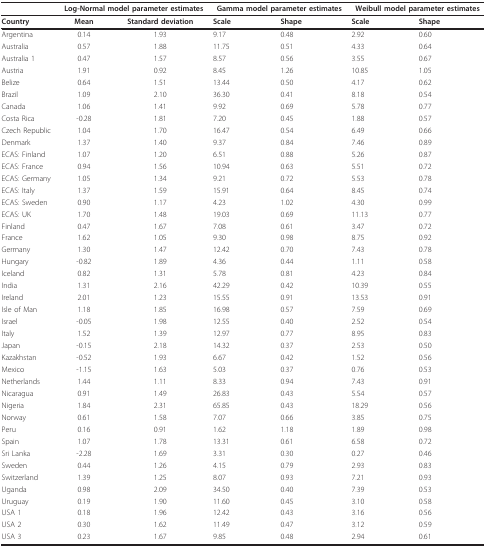
<table><thead><tr><td></td><td colspan="2"><b>Log-Normal model parameter estimates</b></td><td colspan="2"><b>Gamma model parameter estimates</b></td><td colspan="2"><b>Weibull model parameter estimates</b></td></tr></thead><tbody><tr><td><b>Country</b></td><td><b>Mean</b></td><td><b>Standard deviation</b></td><td><b>Scale</b></td><td><b>Shape</b></td><td><b>Scale</b></td><td><b>Shape</b></td></tr><tr><td>Argentina</td><td>0.14</td><td>1.93</td><td>9.17</td><td>0.48</td><td>2.92</td><td>0.60</td></tr><tr><td>Australia</td><td>0.57</td><td>1.88</td><td>11.75</td><td>0.51</td><td>4.33</td><td>0.64</td></tr><tr><td>Australia 1</td><td>0.47</td><td>1.57</td><td>8.57</td><td>0.56</td><td>3.55</td><td>0.67</td></tr><tr><td>Austria</td><td>1.91</td><td>0.92</td><td>8.45</td><td>1.26</td><td>10.85</td><td>1.05</td></tr><tr><td>Belize</td><td>0.64</td><td>1.51</td><td>13.44</td><td>0.50</td><td>4.17</td><td>0.62</td></tr><tr><td>Brazil</td><td>1.09</td><td>2.10</td><td>36.30</td><td>0.41</td><td>8.18</td><td>0.54</td></tr><tr><td>Canada</td><td>1.06</td><td>1.41</td><td>9.92</td><td>0.69</td><td>5.78</td><td>0.77</td></tr><tr><td>Costa Rica</td><td>-0.28</td><td>1.81</td><td>7.20</td><td>0.45</td><td>1.88</td><td>0.57</td></tr><tr><td>Czech Republic</td><td>1.04</td><td>1.70</td><td>16.47</td><td>0.54</td><td>6.49</td><td>0.66</td></tr><tr><td>Denmark</td><td>1.37</td><td>1.40</td><td>9.37</td><td>0.84</td><td>7.46</td><td>0.89</td></tr><tr><td>ECAS: Finland</td><td>1.07</td><td>1.20</td><td>6.51</td><td>0.88</td><td>5.26</td><td>0.87</td></tr><tr><td>ECAS: France</td><td>0.94</td><td>1.56</td><td>10.94</td><td>0.63</td><td>5.51</td><td>0.72</td></tr><tr><td>ECAS: Germany</td><td>1.05</td><td>1.34</td><td>9.21</td><td>0.72</td><td>5.53</td><td>0.78</td></tr><tr><td>ECAS: Italy</td><td>1.37</td><td>1.59</td><td>15.91</td><td>0.64</td><td>8.45</td><td>0.74</td></tr><tr><td>ECAS: Sweden</td><td>0.90</td><td>1.17</td><td>4.23</td><td>1.02</td><td>4.30</td><td>0.99</td></tr><tr><td>ECAS: UK</td><td>1.70</td><td>1.48</td><td>19.03</td><td>0.69</td><td>11.13</td><td>0.77</td></tr><tr><td>Finland</td><td>0.47</td><td>1.67</td><td>7.08</td><td>0.61</td><td>3.47</td><td>0.72</td></tr><tr><td>France</td><td>1.62</td><td>1.05</td><td>9.30</td><td>0.98</td><td>8.75</td><td>0.92</td></tr><tr><td>Germany</td><td>1.30</td><td>1.47</td><td>12.42</td><td>0.70</td><td>7.43</td><td>0.78</td></tr><tr><td>Hungary</td><td>-0.82</td><td>1.89</td><td>4.36</td><td>0.44</td><td>1.11</td><td>0.58</td></tr><tr><td>Iceland</td><td>0.82</td><td>1.31</td><td>5.78</td><td>0.81</td><td>4.23</td><td>0.84</td></tr><tr><td>India</td><td>1.31</td><td>2.16</td><td>42.29</td><td>0.42</td><td>10.39</td><td>0.55</td></tr><tr><td>Ireland</td><td>2.01</td><td>1.23</td><td>15.55</td><td>0.91</td><td>13.53</td><td>0.91</td></tr><tr><td>Isle of Man</td><td>1.18</td><td>1.85</td><td>16.98</td><td>0.57</td><td>7.59</td><td>0.69</td></tr><tr><td>Israel</td><td>-0.05</td><td>1.98</td><td>12.55</td><td>0.40</td><td>2.52</td><td>0.54</td></tr><tr><td>Italy</td><td>1.52</td><td>1.39</td><td>12.97</td><td>0.77</td><td>8.95</td><td>0.83</td></tr><tr><td>Japan</td><td>-0.15</td><td>2.18</td><td>14.32</td><td>0.37</td><td>2.53</td><td>0.50</td></tr><tr><td>Kazakhstan</td><td>-0.52</td><td>1.93</td><td>6.67</td><td>0.42</td><td>1.52</td><td>0.56</td></tr><tr><td>Mexico</td><td>-1.15</td><td>1.63</td><td>5.03</td><td>0.37</td><td>0.76</td><td>0.53</td></tr><tr><td>Netherlands</td><td>1.44</td><td>1.11</td><td>8.33</td><td>0.94</td><td>7.43</td><td>0.91</td></tr><tr><td>Nicaragua</td><td>0.91</td><td>1.49</td><td>26.83</td><td>0.43</td><td>5.54</td><td>0.57</td></tr><tr><td>Nigeria</td><td>1.84</td><td>2.31</td><td>65.85</td><td>0.43</td><td>18.29</td><td>0.56</td></tr><tr><td>Norway</td><td>0.61</td><td>1.58</td><td>7.07</td><td>0.66</td><td>3.85</td><td>0.75</td></tr><tr><td>Peru</td><td>0.16</td><td>0.91</td><td>1.62</td><td>1.18</td><td>1.89</td><td>0.98</td></tr><tr><td>Spain</td><td>1.07</td><td>1.78</td><td>13.31</td><td>0.61</td><td>6.58</td><td>0.72</td></tr><tr><td>Sri Lanka</td><td>-2.28</td><td>1.69</td><td>3.31</td><td>0.30</td><td>0.27</td><td>0.46</td></tr><tr><td>Sweden</td><td>0.44</td><td>1.26</td><td>4.15</td><td>0.79</td><td>2.93</td><td>0.83</td></tr><tr><td>Switzerland</td><td>1.39</td><td>1.25</td><td>8.07</td><td>0.93</td><td>7.21</td><td>0.93</td></tr><tr><td>Uganda</td><td>0.98</td><td>2.09</td><td>34.50</td><td>0.40</td><td>7.39</td><td>0.53</td></tr><tr><td>Uruguay</td><td>0.19</td><td>1.90</td><td>11.60</td><td>0.45</td><td>3.10</td><td>0.58</td></tr><tr><td>USA 1</td><td>0.18</td><td>1.96</td><td>12.42</td><td>0.43</td><td>3.16</td><td>0.56</td></tr><tr><td>USA 2</td><td>0.30</td><td>1.62</td><td>11.49</td><td>0.47</td><td>3.12</td><td>0.59</td></tr><tr><td>USA 3</td><td>0.23</td><td>1.67</td><td>9.85</td><td>0.48</td><td>2.94</td><td>0.61</td></tr></tbody></table>